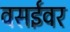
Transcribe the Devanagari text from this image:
वसईवर